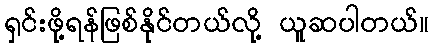
ရှင်းဖို့ရန်ဖြစ်နိုင်တယ်လို့ ယူဆပါတယ်။